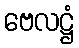
ဗေလဋ္ဌံ